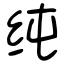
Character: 纯